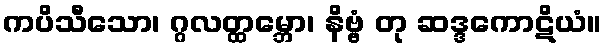
ကပိသီသော၊ ဂ္ဂလတ္ထမ္ဘော၊ နိဗ္ဗံ တု ဆဒ္ဒကောဋိယံ။